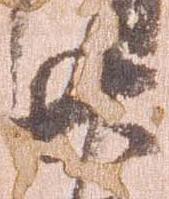
廿